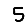
Digit: 5